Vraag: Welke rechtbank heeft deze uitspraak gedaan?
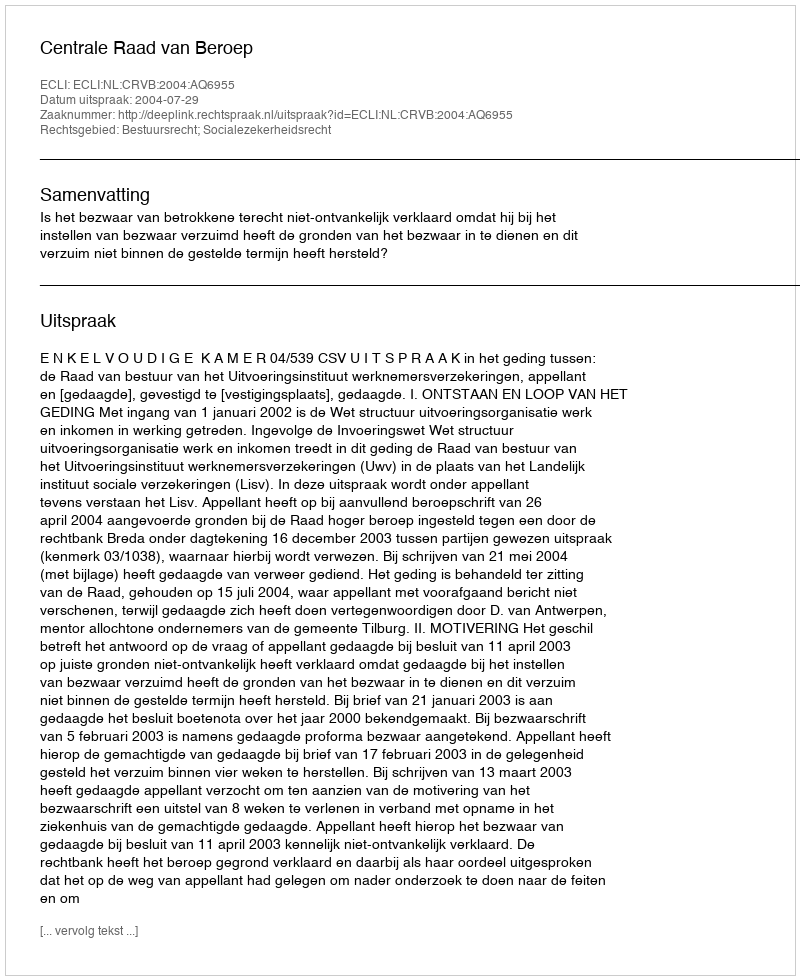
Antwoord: Centrale Raad van Beroep